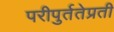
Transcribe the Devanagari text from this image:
परीपुर्ततेप्रती